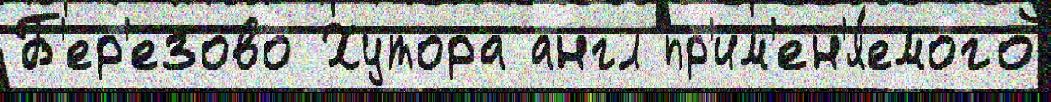
Б'ер'езово Хутора англ пр'им'ен'я́емого